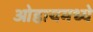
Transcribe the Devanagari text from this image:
ओहायमध्ये